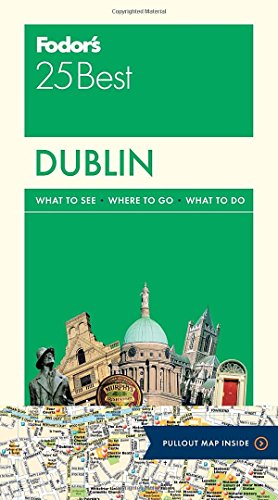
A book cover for Fodor's Dublin 25 Best (Full-color Travel Guide); Fodor's; Travel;